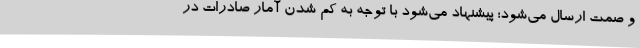
و صمت ارسال می‌شود؛ پیشنهاد می‌شود با توجه به کم شدن آمار صادرات در